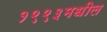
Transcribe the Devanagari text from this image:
१९९३मधील